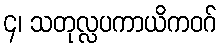
၄၊ သတုလ္လပကာယိကဝဂ်